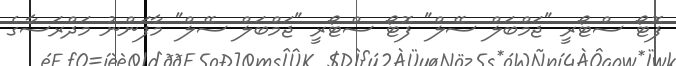
ފޮޓޯ ސްޓޯރީ "ޖަމްބަލް ސޭލް" ފޮޓޯ ސްޓޯރީ "ޖަމްބަލް ސޭލް" މާފަންނު މަދްރަސާގެ